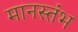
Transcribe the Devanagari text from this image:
मानस्तंभ